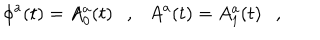
\phi ^ { a } ( t ) = A _ { 0 } ^ { a } ( t ) \ \ \ , \ \ \ A ^ { a } ( t ) = A _ { 1 } ^ { a } ( t ) \ \ \ ,